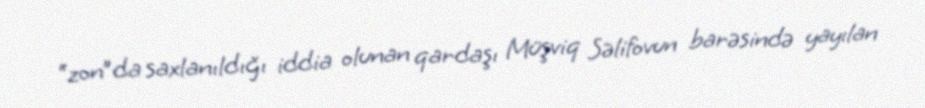
“zon”da saxlanıldığı iddia olunan qardaşı Müşviq Səlifovun barəsində yayılan